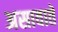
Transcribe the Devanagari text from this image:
असावाते